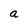
Character: a